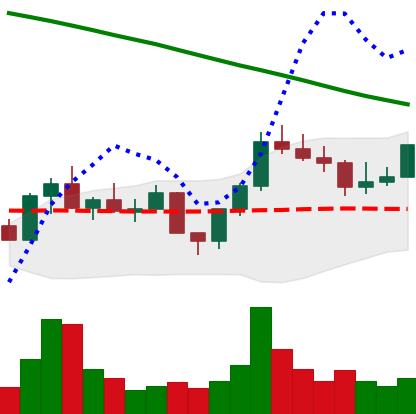
Ticker: LINK-USD
Chart end date: 2022-08-05
Forward return: 15.148%
Label: up_7plus